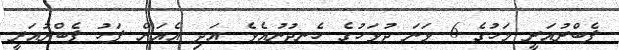
ފެބްރުއަރީ މަހުގެ 6 ވަނަ ދުވަހުގެ ހެނދުނުއެވެ. އަދި އެއަށް ފަހު ފެބްރުއަރީ